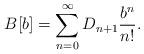
LaTeX: \begin{align*}B[b] = \sum_{n=0}^\infty D_{n+1}\frac{b^n}{n!}.\end{align*}